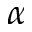
\alpha